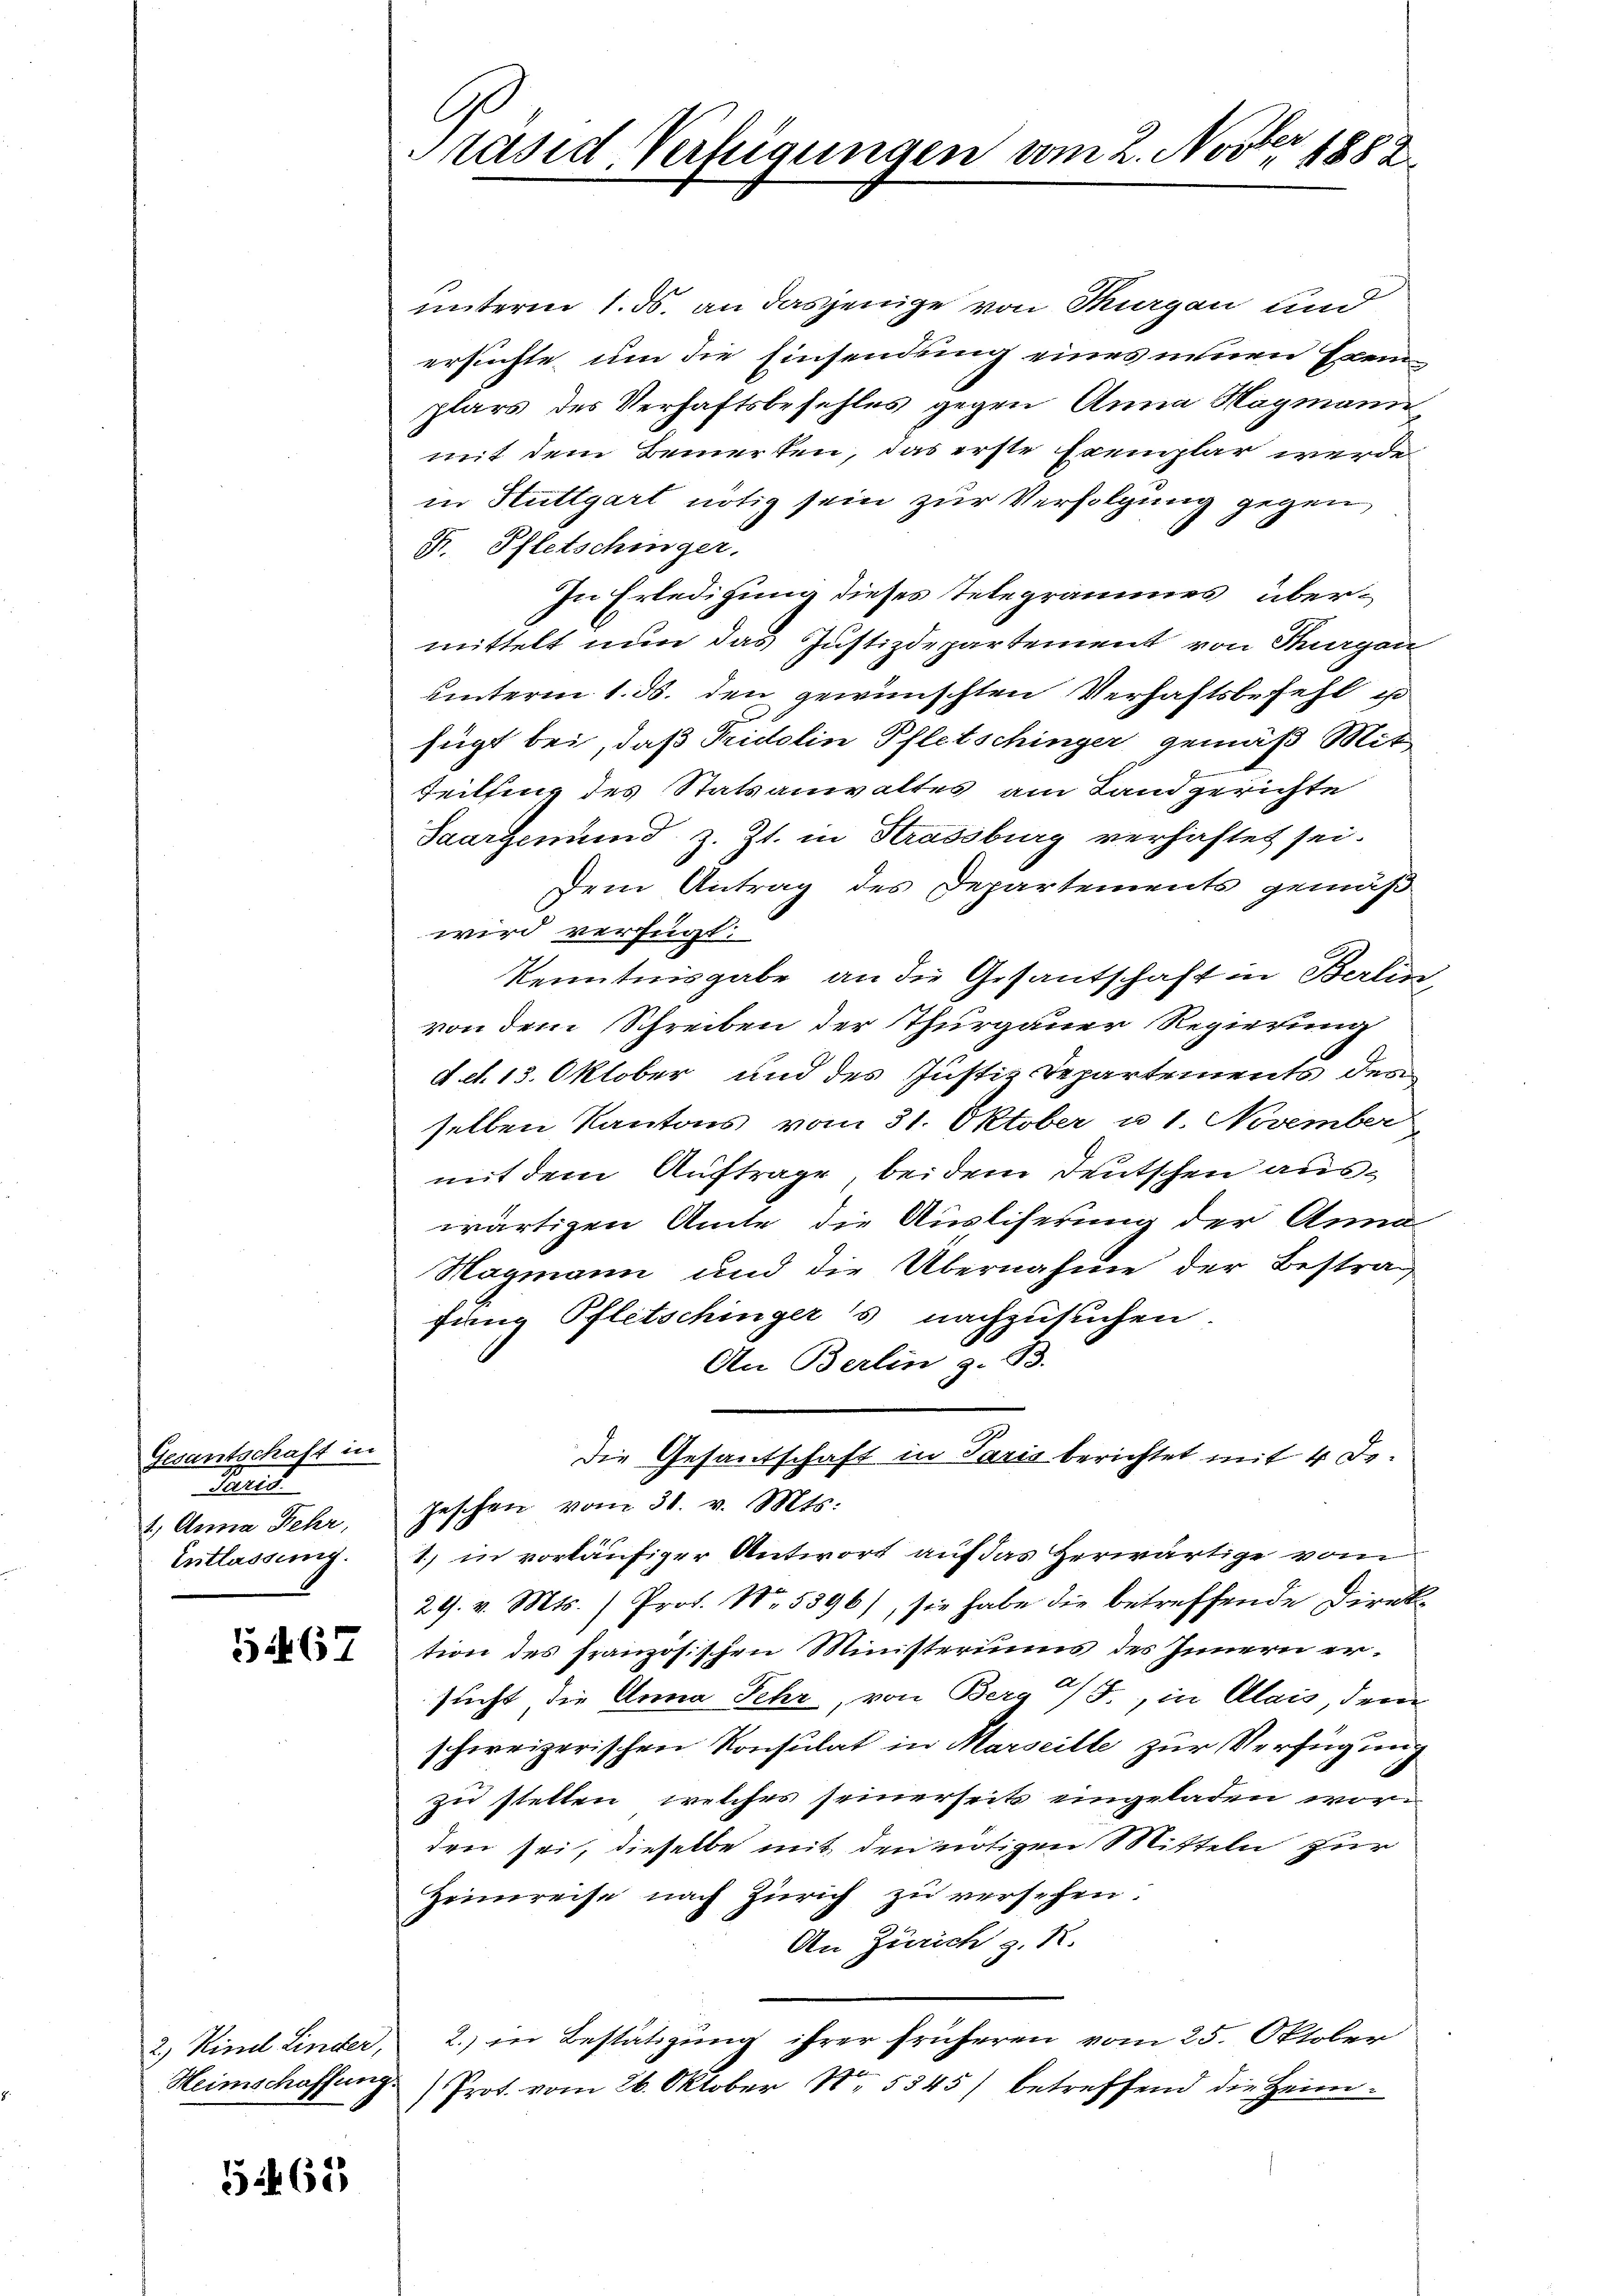
Gesantschaft in
Sait
2, Anna Fehr,
Entlassung.

2.) Kind Linder,
Heimschaffung.

569

Präsid. Verfügungen vom 2. Novber 1882

unterm 1. ds. an dasjenige von Thurgau und
ersuchte, um die Einsendung eines einen Exem-
plars des Verhaftsbefehles gegen Anna Hagmann
mit dem Bemerken, das erste Exemplar werde
in Stuttgart nötig sein zur Verfolgung gegen
F. Pfletschinger.
In Erledigung dieses Telegrammes, übermittelt nun das Justizdepartement von Thurgau
unterm 1. ds. den gewünschten Verhaftsbefehl, so
fügt bei, daß Tridolin Pfletschinger gemäß Mit
Teilfing des Statsanwaltes am Landgerichte
Saargemund z. Zt. in Strassburg verhaftet sei.
Dem Antrag des Departements gemäß
wird verfügt:
Kenntnisgabe an die Gesantschaft in Berlin,
von dem Schreiben der Thurgauer Regierung
det. 13. Oktober und des Justiz-Departements des
selben Kantons vom 31. Oktober u. 1. November
mit dem Auftrage, bei dem Deutschen auswärtigen Amte die Ausliserung der Anna
Hagmann und die Übernahme der Bestrafang Pfletschingers nachzusuchen
An Berlin z. 93.
Die Gesantschaft in Paris berichtet mit 4 Dr.
Jeschen vom 31. v. Mts.
1) in vorläufiger Antwort auf das Herwärtige von
29. v. Mts. ) Prof. No. 5396), sie habe die betreffende Direk
tion des französischen Ministeriums des Innern ersucht, die Anna Fehr, von Berg a/S., in Alais, dem
schweizerischen Konsulat in Marseille zur Verfügung
zu stetten, welches seinerseit eingeladen worden sei, dieselbe mit den nötigen Mitteln zur
Heimreise nach Zürich zu versehen:
An Zürich z. R.
2. in Bestätigung ihrer früheren vom 25. Oktober
Prot. vom 26. Oktober Nr. 5345) betreffend die Heim¬